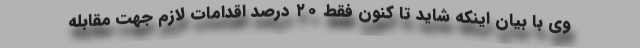
وی با بیان اینکه شاید تا کنون فقط ۲۰ درصد اقدامات لازم جهت مقابله